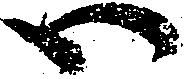
ハ